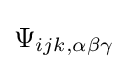
\Psi _{ijk,\alpha \beta \gamma }